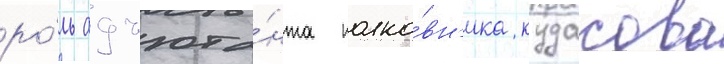
ро́ль адъюта́нта полко́вн'ика кудасова